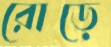
রোড়ে